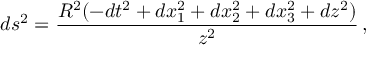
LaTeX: d s ^ { 2 } = { \frac { R ^ { 2 } ( - d t ^ { 2 } + d x _ { 1 } ^ { 2 } + d x _ { 2 } ^ { 2 } + d x _ { 3 } ^ { 2 } + d z ^ { 2 } ) } { z ^ { 2 } } } \, ,